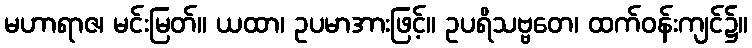
မဟာရာဇ၊ မင်းမြတ်။ ယထာ၊ ဥပမာအားဖြင့်။ ဥပရိသဗ္ဗတေ၊ ထက်ဝန်းကျင်၌။